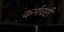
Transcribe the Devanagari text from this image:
कर्मचरी